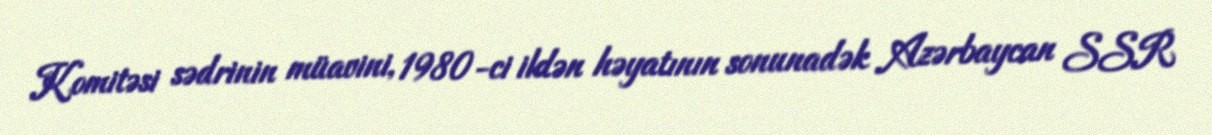
Komitəsi sədrinin müavini, 1980-ci ildən həyatının sonunadək Azərbaycan SSR